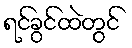
ရင်ခွင်ထဲတွင်